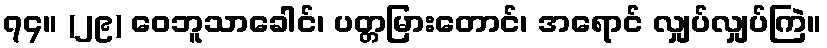
၇၄။ (၂၉) ဝေဘူသာခေါင်၊ ပတ္တမြားတောင်၊ အရောင် လျှပ်လျှပ်ကြဲ။